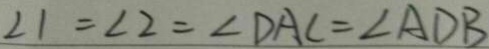
\angle 1 = \angle 2 = \angle D A C = \angle A D B